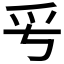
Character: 𤓳